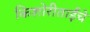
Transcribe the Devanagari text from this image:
किशोरीताईंचे